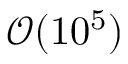
\mathcal { O } ( 1 0 ^ { 5 } )